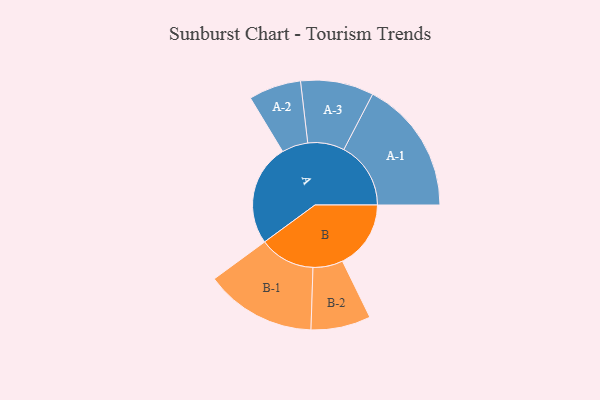
{"axis": {"x": "Segment", "y": "Value"}, "legend": ["", "A", "B"], "data": [{"x": "A", "y": 412, "type": ""}, {"x": "B", "y": 277, "type": ""}, {"x": "A-1", "y": 271, "type": "A"}, {"x": "A-2", "y": 106, "type": "A"}, {"x": "A-3", "y": 148, "type": "A"}, {"x": "B-1", "y": 225, "type": "B"}, {"x": "B-2", "y": 121, "type": "B"}]}